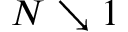
N \searrow 1